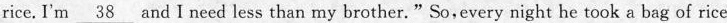
rice. I'm \underline{38} and I need less than my brother."So, every night he took a bag of rice